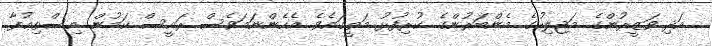
އަދި ވަޒީރުންގެ މަޖިލިހުގެ މެންބަރުންގެ ކުރިފުޅު މަތީގައެވެ. އެހެންނަމަވެސް ރައީސް ކަމުން އިސްތިޢުފާ